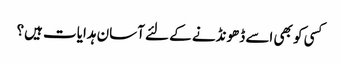
کسی کو بھی اسے ڈھونڈنے کے لئے آسان ہدایات ہیں؟